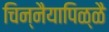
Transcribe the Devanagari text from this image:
चिन्नैयापिळ्ळै